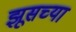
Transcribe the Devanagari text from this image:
झूसच्या